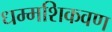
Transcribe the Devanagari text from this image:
धम्मशिकवण